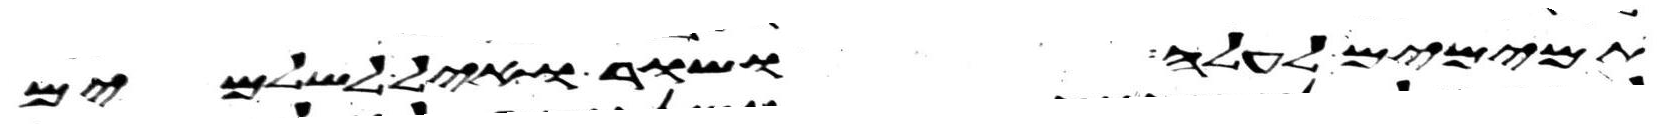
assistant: תמימם לעלה ושור ואיל לשלמים